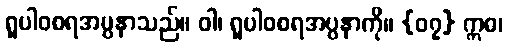
ရူပါဝစရအပ္ပနာသည်။ ဝါ၊ ရူပါဝစရအပ္ပနာကို။ {၀၇} ဣဓ၊